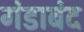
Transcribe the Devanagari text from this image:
गंडाबंद